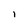
Character: l